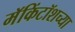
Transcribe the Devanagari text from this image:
मॅकिंटॉशच्या